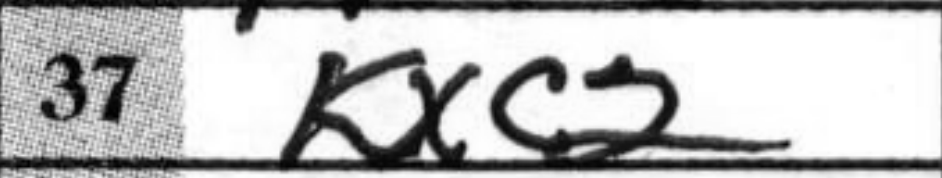
Transcription: Kxc2